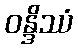
ဝန္ဒိဿံ